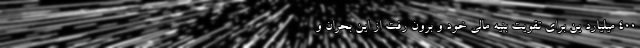
۴۰۰ میلیارد ین برای تقویت بنیه مالی خود و برون رفت از این بحران و